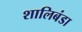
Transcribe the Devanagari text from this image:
शालिबंडा